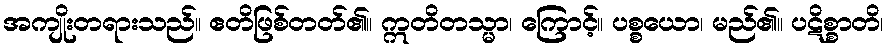
အကျိုးတရားသည်။ ဧတိဖြစ်တတ်၏။ ဣတိတသ္မာ၊ ကြောင့်။ ပစ္စယော၊ မည်၏။ ပဋိစ္စာတိ၊